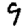
Digit: 9